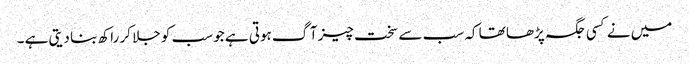
میں نے کسی جگہ پڑھا تھا کہ سب سے سخت چیز آگ ہوتی ہے جو سب کو جلا کر راکھ بنا دیتی ہے ۔